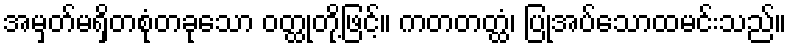
အမှတ်မရှိတစုံတခုသော ဝတ္ထုတို့ဖြင့်။ ကတတတ္ထံ၊ ပြုအပ်သောထမင်းသည်။